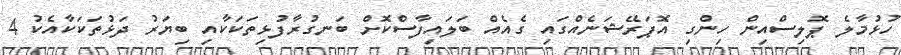
ހުޅުމާލެ ޕޮލިސްއިން ހިންގި އޮޕަރޭޝަނެއްގައި ގެއެއް ބަލައިފާސްކޮށް ބަނގުރާފުޅިތަކަކާއި ބިޔަރު ދަޅުތަކަކާއެކު 4